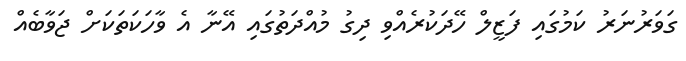
ގަވަރުނަރު ކަމުގައި ފަޒީލް ހޭދަކުރެއްވި ދިގު މުއްދަތުގައި އޭނާ އެ ވާހަކަތަކަށް ޖަވާބެއް